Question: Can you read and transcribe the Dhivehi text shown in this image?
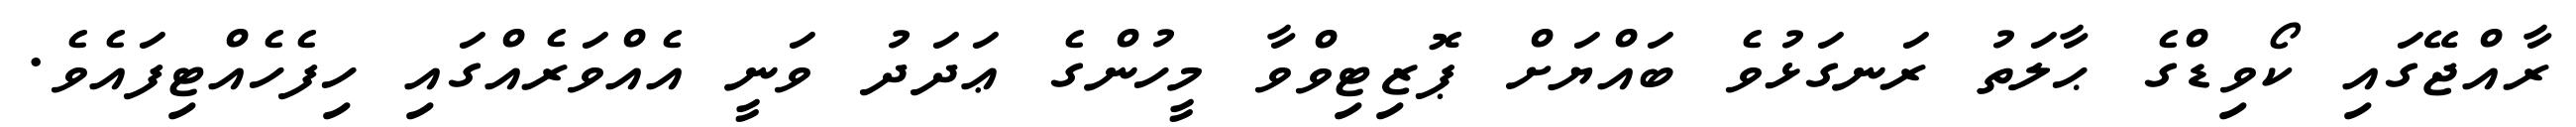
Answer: ރާއްޖޭގައި ކޯވިޑްގެ ޙާލަތު ރަނގަޅުވެ ބައްޔަށް ޕޮޒިޓިވްވާ މީހުންގެ ޢަދަދު ވަނީ އެއްވަރެއްގައި ހިފެހެއްޓިފައެވެ.